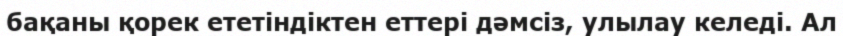
бақаны қорек ететіндіктен еттері дәмсіз, улылау келеді. Ал